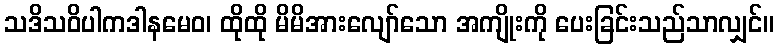
သဒိသဝိပါကဒါနမေဝ၊ ထိုထို မိမိအားလျော်သော အကျိုးကို ပေးခြင်းသည်သာလျှင်။